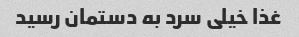
غذا خیلى سرد به دستمان رسید